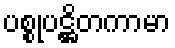
ပစ္စုပဋ္ဌိတကာမာ